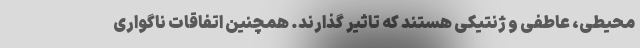
محیطی، عاطفی و ژنتیکی هستند که تاثیر گذارند. همچنین اتفاقات ناگواری